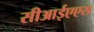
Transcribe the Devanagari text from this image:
सीआईएएस